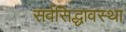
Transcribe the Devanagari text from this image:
सर्वसिद्धावस्था